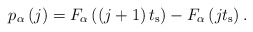
\begin{align*}{ p }_{ \alpha }\left( j \right) ={ F }_{ \alpha }\left( \left( j+1 \right) t_{ \mathrm{s} } \right) -{ F }_{ \alpha }\left( j{ t }_{ \mathrm{s} } \right).\end{align*}